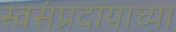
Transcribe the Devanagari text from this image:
स्वसंप्रदायाच्या